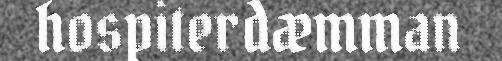
hospiterdæmman